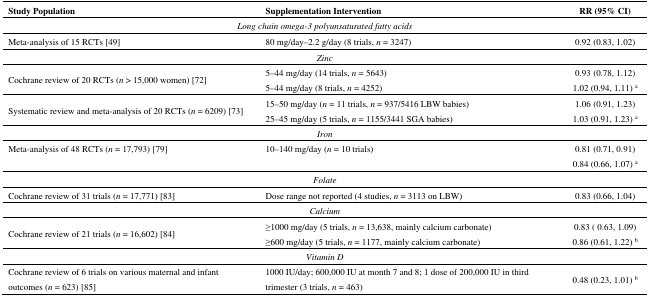
<table><thead><tr><td><b>Study Population</b></td><td><b>Supplementation Intervention</b></td><td><b>RR (95% CI)</b></td></tr></thead><tbody><tr><td colspan="3"><i>Long chain omega-3 polyunsaturated fatty acids</i></td></tr><tr><td>Meta-analysis of 15 RCTs [49]</td><td>80 mg/day–2.2 g/day (8 trials, <i>n</i> = 3247)</td><td>0.92 (0.83, 1.02)</td></tr><tr><td colspan="3"><i>Zinc</i></td></tr><tr><td rowspan="2">Cochrane review of 20 RCTs (<i>n</i> &gt; 15,000 women) [72]</td><td>5–44 mg/day (14 trials, <i>n</i> = 5643)</td><td>0.93 (0.78, 1.12)</td></tr><tr><td>5–44 mg/day (8 trials, <i>n</i> = 4252)</td><td>1.02 (0.94, 1.11) <sup>a</sup></td></tr><tr><td rowspan="2">Systematic review and meta-analysis of 20 RCTs (<i>n</i> = 6209) [73]</td><td>15–50 mg/day (<i>n</i> = 11 trials, <i>n</i> = 937/5416 LBW babies)</td><td>1.06 (0.91, 1.23)</td></tr><tr><td>25–45 mg/day (5 trials, <i>n</i> = 1155/3441 SGA babies)</td><td>1.03 (0.91, 1.23) <sup>a</sup></td></tr><tr><td colspan="3"><i>Iron</i></td></tr><tr><td>Meta-analysis of 48 RCTs (<i>n</i> = 17,793) [79]</td><td>10–140 mg/day (<i>n</i> = 10 trials)</td><td>0.81 (0.71, 0.91)</td></tr><tr><td></td><td></td><td>0.84 (0.66, 1.07) <sup>a</sup></td></tr><tr><td colspan="3"><i>Folate</i></td></tr><tr><td>Cochrane review of 31 trials (<i>n</i> = 17,771) [83]</td><td>Dose range not reported (4 studies, <i>n</i> = 3113 on LBW)</td><td>0.83 (0.66, 1.04)</td></tr><tr><td colspan="3"><i>Calcium</i></td></tr><tr><td rowspan="2">Cochrane review of 21 trials (<i>n</i> = 16,602) [84]</td><td>≥1000 mg/day (5 trials, <i>n</i> = 13,638, mainly calcium carbonate)</td><td>0.83 ( 0.63, 1.09)</td></tr><tr><td>≥600 mg/day (5 trials, <i>n</i> = 1177, mainly calcium carbonate)</td><td>0.86 (0.61, 1.22) <sup>b</sup></td></tr><tr><td colspan="3"><i>Vitamin D</i></td></tr><tr><td>Cochrane review of 6 trials on various maternal and infant outcomes (<i>n</i> = 623) [85]</td><td>1000 IU/day; 600,000 IU at month 7 and 8; 1 dose of 200,000 IU in third trimester (3 trials, <i>n</i> = 463)</td><td>0.48 (0.23, 1.01) <sup>b</sup></td></tr></tbody></table>